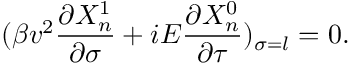
( \beta v ^ { 2 } \frac { \partial X _ { n } ^ { 1 } } { \partial \sigma } + i E \frac { \partial X _ { n } ^ { 0 } } { \partial \tau } ) _ { \sigma = l } = 0 .